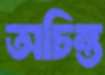
অচিন্ত